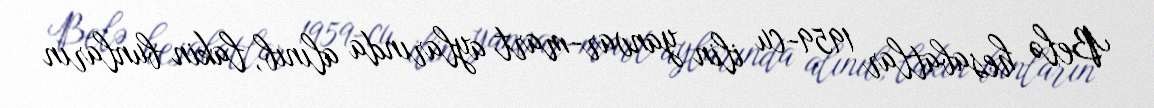
Belə hesabatlar 1959-cu ilin yanvar-mart aylarında alınıb, lakin bunların